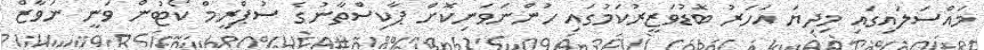
މައްސަލައިގައި މިދިޔަ އަހަރު ބޮޑުވަޒީރުކަމުގައި ހުންނަވަނިކޮށް ޕާކިސްތާނުގެ ސުޕްރީމް ކޯޓުން ވަނީ ނަވާޒް